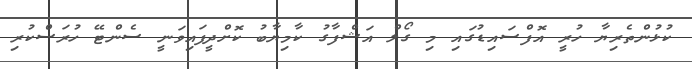
ކުޅުންތެރިޔާ ހުރީ އޮފްސައިޑުގައި މި ގޯލް އަޝްފާގު ކާމިޔާބު ކޮށްދީފައިވަނީ ސެންޓޭ ހުރަސްކުރި